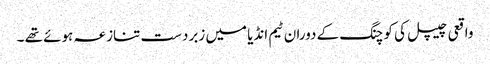
واقعی چیپل کی کوچنگ کے دوران ٹیم انڈیا میں زبردست تنازعہ ہوئے تھے ۔